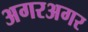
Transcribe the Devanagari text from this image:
अगरअगर